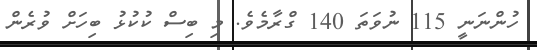
ހުންނަނީ 115 ނުވަތަ 140 ގްރާމެވެ. މި ބިސް ކުކުޅު ބިހަށް ވުރެން